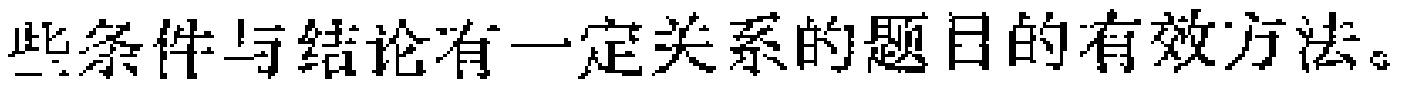
些条件与结论有一定关系的题目的有效方法。